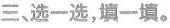
三、选一选，填一填。